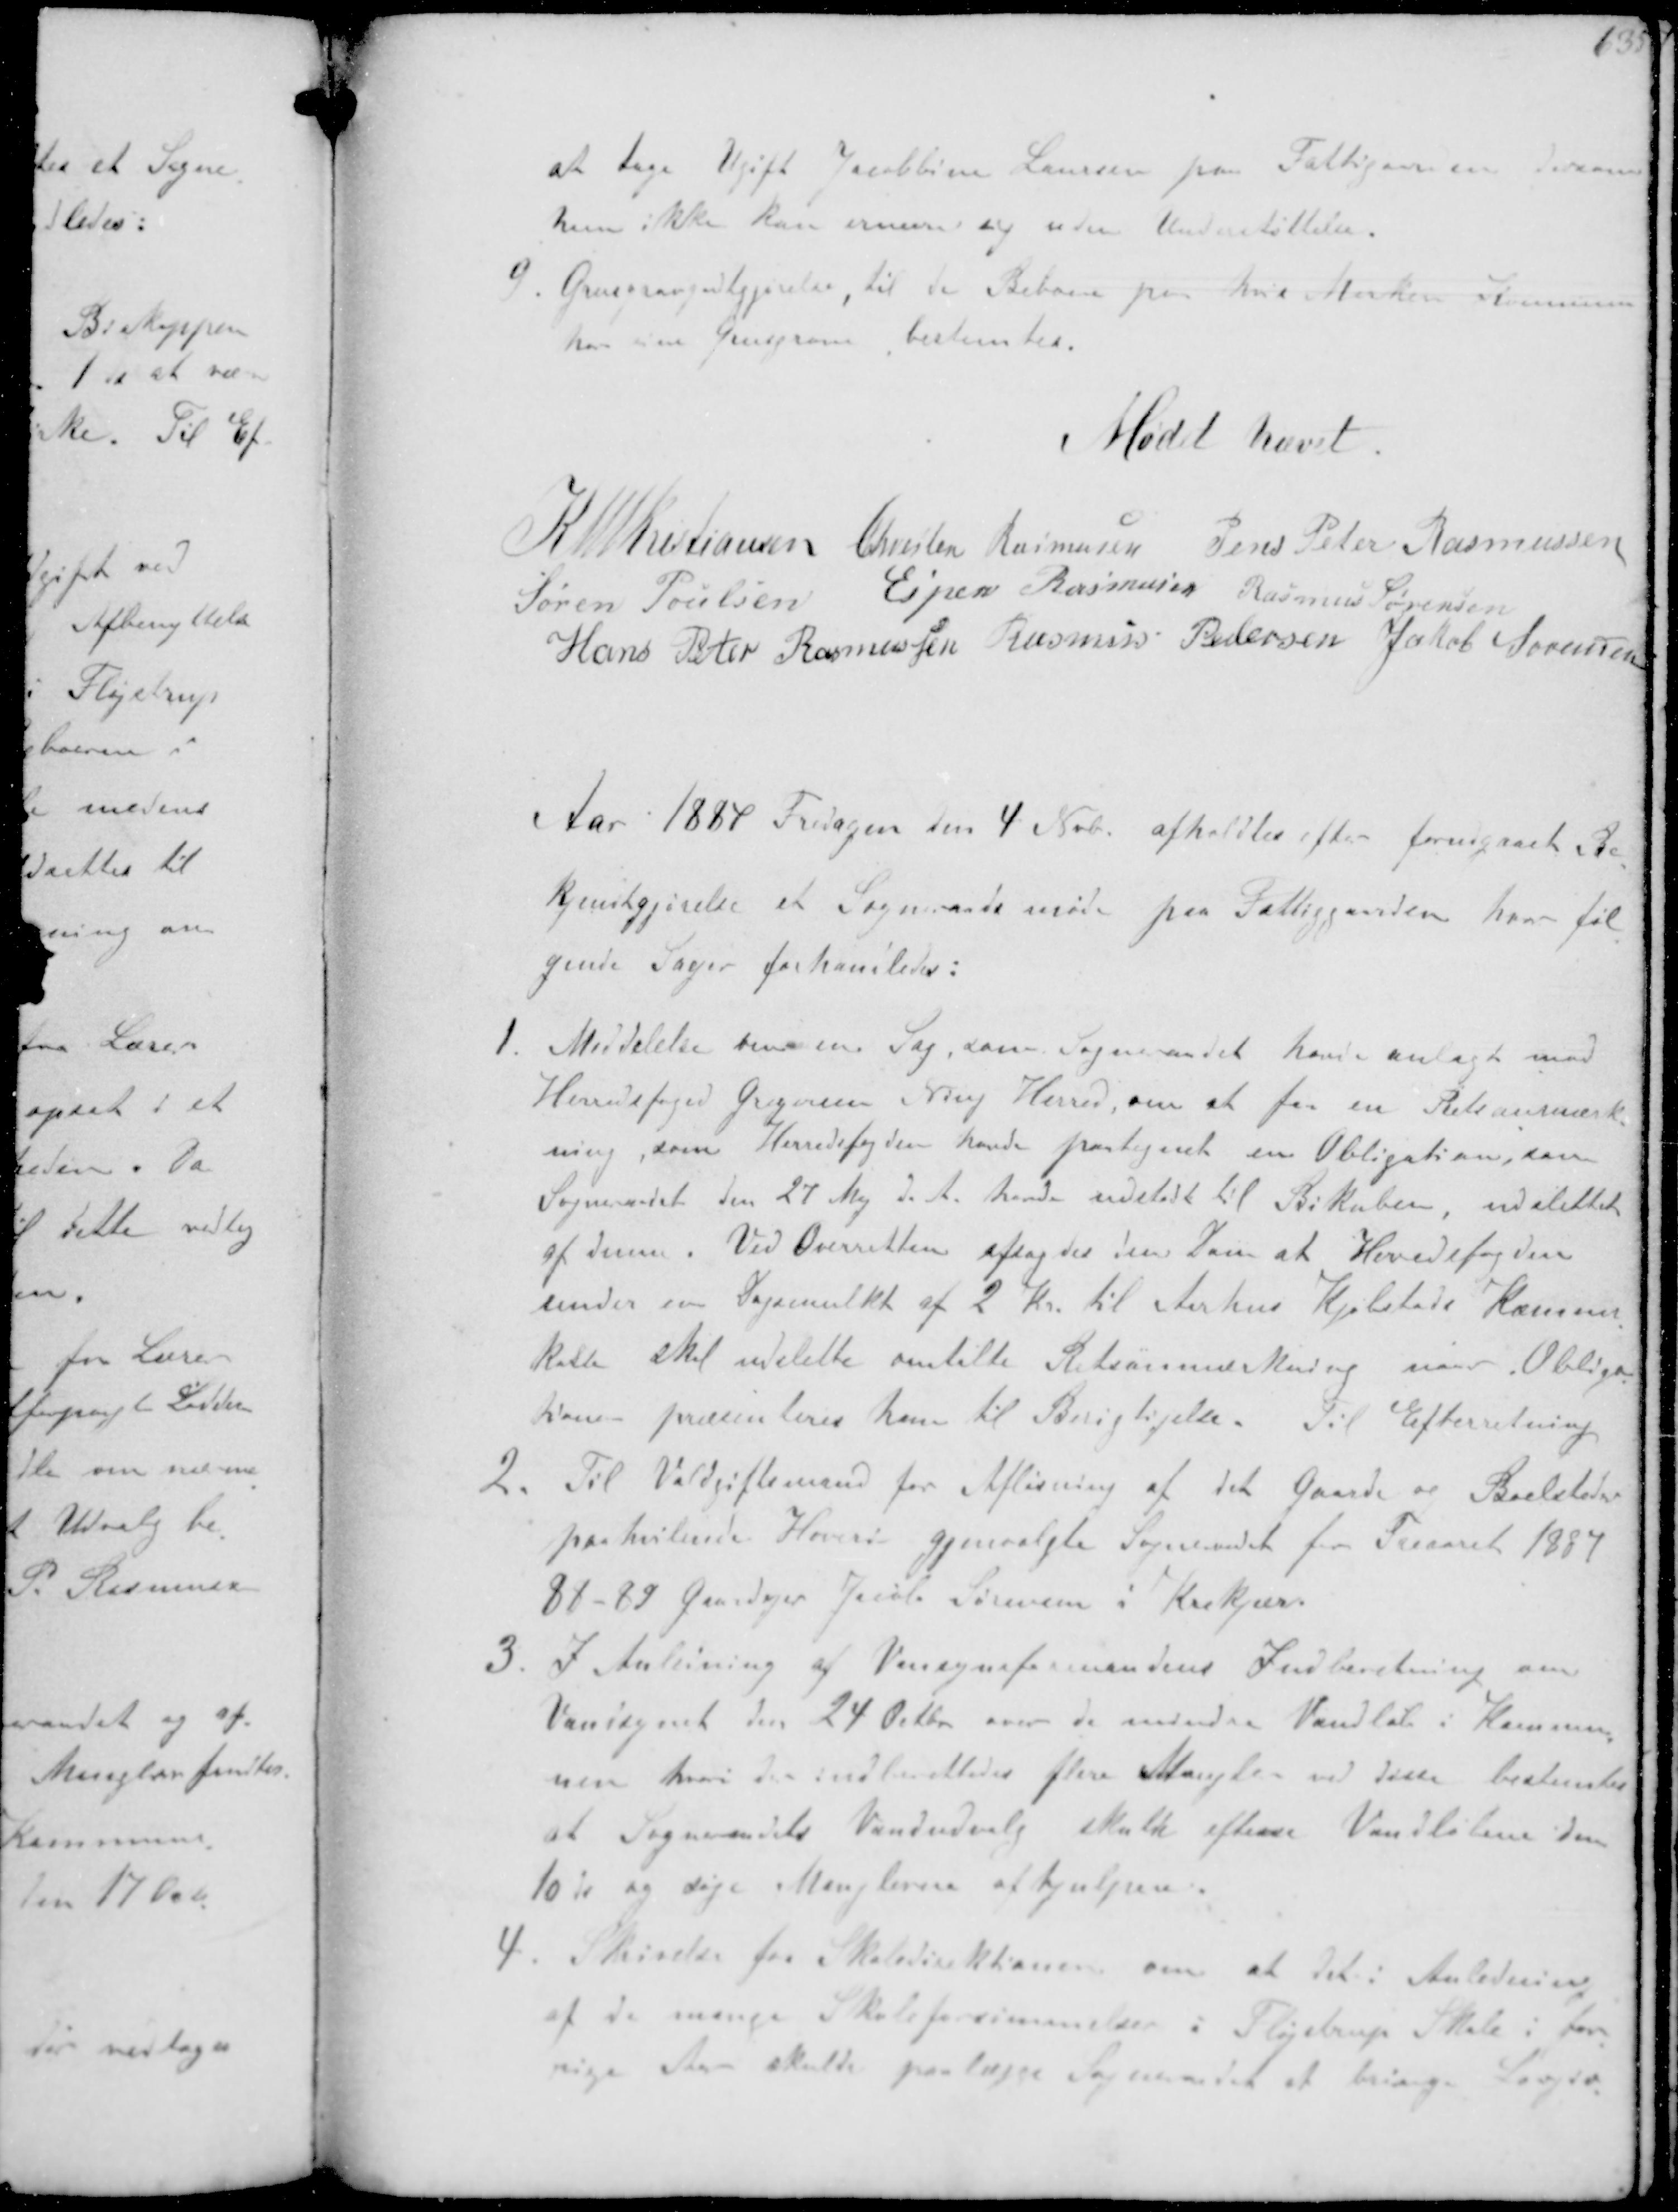
Transskription:
at tage Ugift Jacobine Laursen paa Fattigaarden dersom
hun ikke kan ernære sig uden Understøttelse.
9. Grusgravgodtgjørelser til de Beboere paa hvis Marker Kommunen
har sine Grusgrave bestemtes.

Mødet hævet

K N M Kristiansen Chresten Rasmussen Jens Peter Rasmussen
Søren Poulsen Espen Rasmussen Rasmus Sørensen
Hans Peter Rasmussen Rasmus Pedersen Jacob Sørensen

Aar 1884 Fredagen den 4 Nvb afholdtes efter fornyet Be-
kjendtgørelse er Sogneraadsmøde paa Fattiggaarden hvor føl-
gende Sager forhandledes:
1. Meddelelse vedr en Sag som Sogneraadet havde anlagt mod
Heredsfoged Pedersen Ning Herred om at faa en Retsanmærk-
ning, som Herredsfogden havde paategnet en Obligation, som
Sogneraadet den 27 Maj d.A. havde udstedt til Bikuben, udslettet
af denne. Ved Overretten afsagdes den Dom at Herredsfogden
sendes en Dagsmulkt af 2 Kr. til Aarhus Kjøbstads Kæmner-
kasse skal udslette omtalte Retsanmærkning naar Obliga-
tionen præsenteres ham til Berigtigelse. Til Efterretning
2. Til Voldgiftsmand for Afløsning af det Gaarde og Boelsteder
paahvilende Hoveri gjenvalgte Sogneraadet for Treaaret 1887
88 89  Gaardejer Niels Sørensen i Krekær
3. I Anledning af Veisynsformandens Indberetning om
Vandsynet den 24 Octb over de mindre Vandløb i Kommu-
nen hvori der indberettedes flere Mangler ved disse bestemtes
at Sogneraadets Vandudvalg skulle efterse Vandløbene den
10de % og søge Manglerne afhjulpen.
4. Skrivelse for Skoledirektionen om at det i Anledning
af de mange Skoleforsømmelser i Fløjstrup Skole i for-
rige Aar skulde paalægge Formandet at bringe Lovgiv-